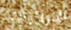
الدولارات